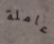
عاملة